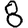
Digit: 8